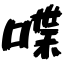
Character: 喋